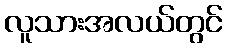
လူသားအလယ်တွင်